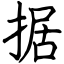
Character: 据